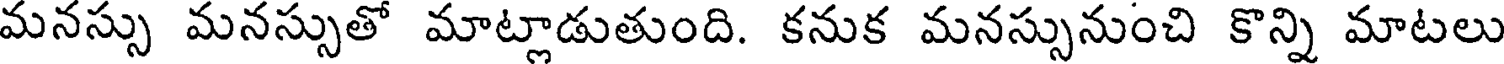
మనస్సు మనస్సుతో మాట్లాడుతుంది. కనుక మనస్సునుంచి కొన్ని మాటలు